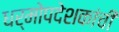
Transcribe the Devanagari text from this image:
धर्मोपदेशकांची